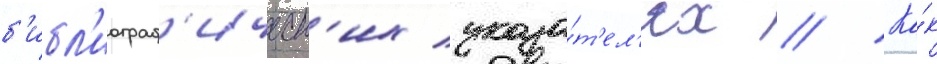
б'ибл'иограф'ическ'их указа́т'ел'ях // Ка́к